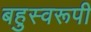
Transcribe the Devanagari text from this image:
बहुस्वरूपी